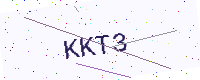
Text: KKT3